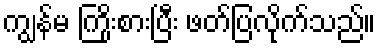
ကျွန်မ ကြိုးစားပြီး ဖတ်ပြလိုက်သည်။